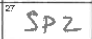
Transcription: SPZ